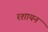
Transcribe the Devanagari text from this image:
रशायन